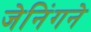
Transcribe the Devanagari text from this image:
जेनिंगने